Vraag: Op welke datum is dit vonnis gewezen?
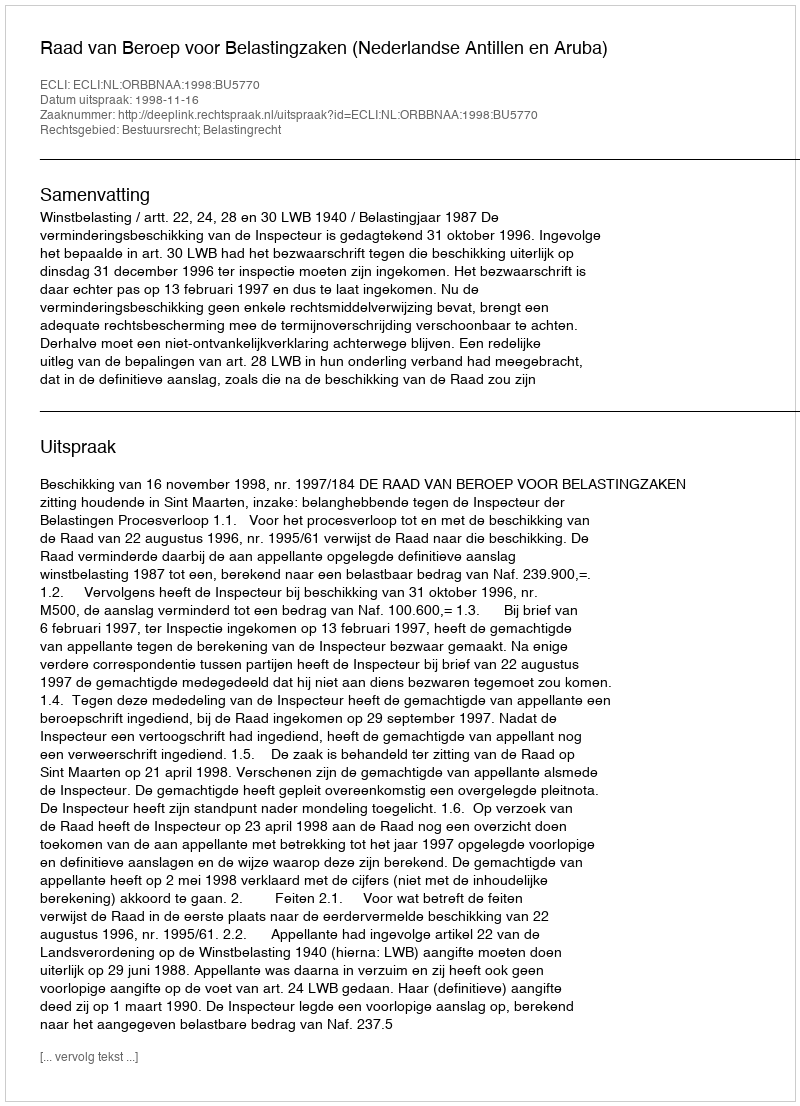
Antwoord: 1998-11-16